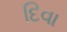
દિવા